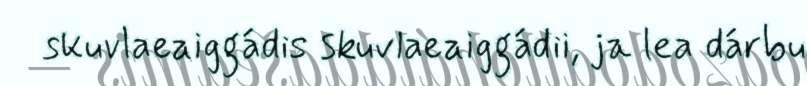
skuvlaeaiggádis skuvlaeaiggádii, ja lea dárbu